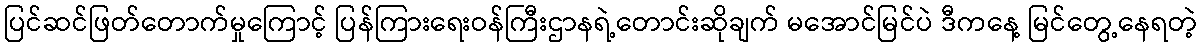
ပြင်ဆင်ဖြတ်တောက်မှုကြောင့် ပြန်ကြားရေးဝန်ကြီးဌာနရဲ့တောင်းဆိုချက် မအောင်မြင်ပဲ ဒီကနေ့ မြင်တွေ့နေရတဲ့